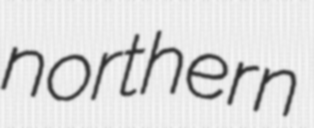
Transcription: northern